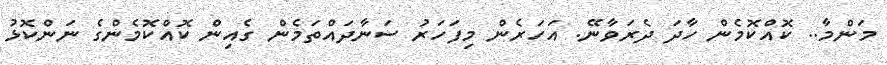
މަންމާ.. ކޮއްކޮމެން ހާދަ ދެރަވާނޭ. އަހަރެން މިފަހަރު ސަނާދައްތަމެން ގެއިން ކޮއްކޮމެންގެ ނަންކޮޅު